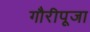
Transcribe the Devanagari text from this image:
गौरीपूजा